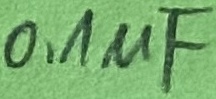
Text: 0,1µF